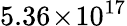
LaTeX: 5.36\! \times\! 10^{17}